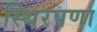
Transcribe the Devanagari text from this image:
स्थिरपणा